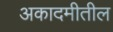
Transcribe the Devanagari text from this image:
अकादमीतील